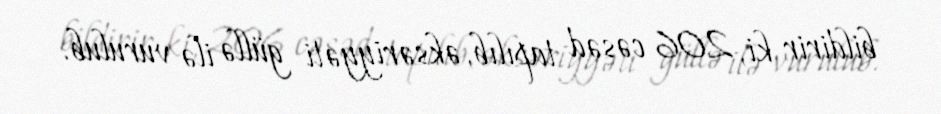
bildirir ki, 206 cəsəd tapılıb, əksəriyyəti güllə ilə vurulub.